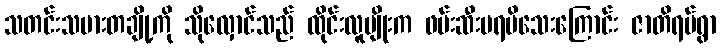
သတင်းသမားတချို့ကို သိုလှောင်သည် ထိုင်းလူမျိုးက ဖမ်းဆီးမရမိသေးကြောင်း ဇာတိရပ်ရွာ